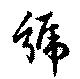
號